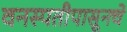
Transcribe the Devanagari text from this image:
वनस्पतीपासूनचे